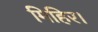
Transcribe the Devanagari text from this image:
मिहिर।